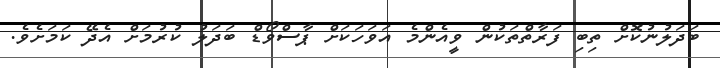
ބަދަލުނުކޮށް ތިބި ފަރާތްތަކުން ވީއެންމެ އަވަހަކަށް ޕާސްވޯޑް ބަދަލު ކުރުމަށް އެދޭ ކަމަށެވެ.